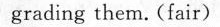
grading them. (fair)